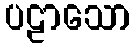
ပဠာသော